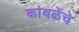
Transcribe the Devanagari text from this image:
कांबळेेंचे